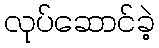
လုပ်ဆောင်ခဲ့